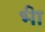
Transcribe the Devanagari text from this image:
भ्‍ीा